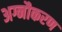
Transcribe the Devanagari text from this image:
अग्नौकरण